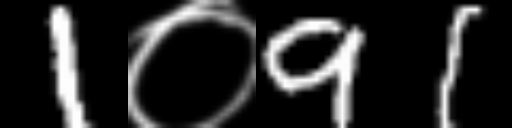
Text: 1०91